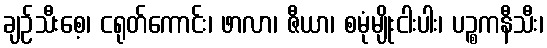
ချဉ်သီးစေ့၊ ငရုတ်ကောင်း၊ ဖာလာ၊ ဇီယာ၊ စမုံမျိုးငါးပါး၊ ပဉ္စကနီသီး၊